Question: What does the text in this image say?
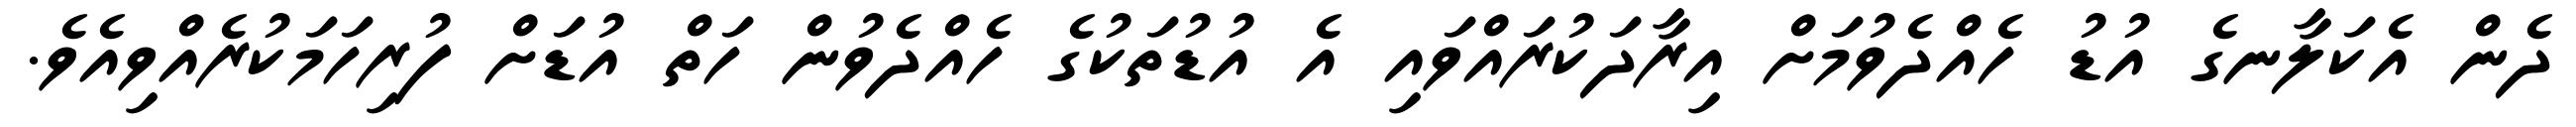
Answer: ދެން އެކަލާނގެ އުޑު ހެއްދެވުމަށް އިރާދަކުރައްވައި އެ އުޑުތަކުގެ ހެއްދެވުން ހަތް އުޑަށް ފުރިހަމަކުރެއްވިއެވެ.